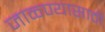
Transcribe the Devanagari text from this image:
जाळ्ण्यासाठी